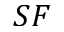
S F